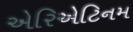
એરિએટિનમ